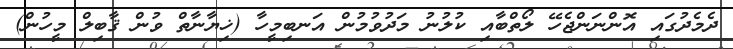
ދެމެދުގައި އޮންނަންޖެހޭ ލޯތްބާއި ކުލުނު މަދުވުމުން އަނބިމީހާ (ޚިޔާނާތް ވުން ޤާބިލް މީހުން)